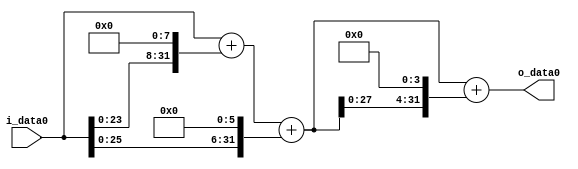
module multiplier_block (
    i_data0,
    o_data0
);

  // Port mode declarations:
  input   [31:0] i_data0;
  output  [31:0]
    o_data0;

  //Multipliers:

  wire [31:0]
    w1,
    w256,
    w257,
    w64,
    w321,
    w5136,
    w5457;

  assign w1 = i_data0;
  assign w256 = w1 << 8;
  assign w257 = w1 + w256;
  assign w321 = w257 + w64;
  assign w5136 = w321 << 4;
  assign w5457 = w321 + w5136;
  assign w64 = w1 << 6;

  assign o_data0 = w5457;

  //multiplier_block area estimate = 4770.05771526471;
endmodule